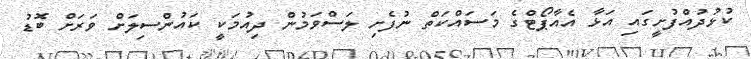
ކުޅުދުއްފުށީގައި އަޅާ އެއާޕޯޓްގެ މަސައްކަތް ނުފެށި ލަސްވަމުން ދިއުމަކީ ކައުންސިލަށް ވަރަށް ބޮޑު